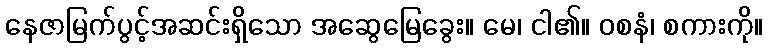
နေဇာမြက်ပွင့်အဆင်းရှိသော အဆွေမြေခွေး။ မေ၊ ငါ၏။ ဝစနံ၊ စကားကို။